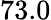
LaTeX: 73.0